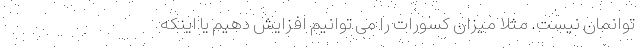
توانمان نیست. مثلا میزان کسورات را می توانیم افزایش دهیم یا اینکه